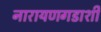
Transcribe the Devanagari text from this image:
नारायणगडाशी